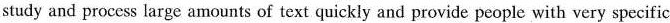
study and process large amounts of text quickly and provide people with very specific